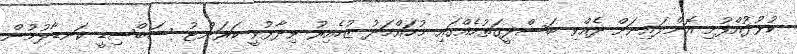
ކުޅުދުއްފުށި އޮންލައިނަށް ދެއްވި ބަސްދީގަތުމެއްގައި މުހައްމަދު ޒުހެއިރު ވިދާޅުވީ ކަރަންޓު ސަބްސިޑީ ކަނޑާލުމުން